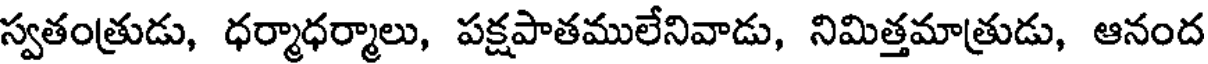
స్వతంత్రుడు, ధర్మాధర్మాలు, పక్షపాతములేనివాడు, నిమిత్తమాత్రుడు, ఆనంద